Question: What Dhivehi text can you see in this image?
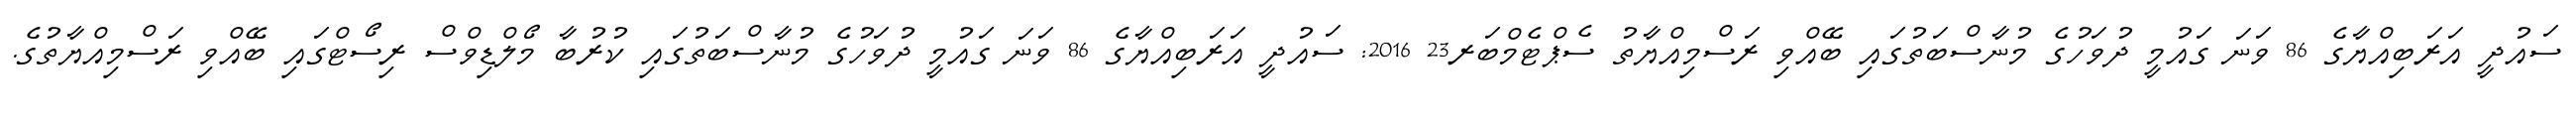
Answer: ސައުދީ އަރަބިއްޔާގެ 86 ވަނަ ގައުމީ ދުވަހުގެ މުނާސްބަތުގައި ބޭއްވި ރަސްމިއްޔާތު ސެޕްޓެމްބަރ23 2016: ސައުދީ އަރަބިއްޔާގެ 86 ވަނަ ގައުމީ ދުވަހުގެ މުނާސްބަތުގައި ކުރުބާ މޯލްޑިވްސް ރިސޯޓްގައި ބޭއްވި ރަސްމިއްޔާތުގެ.